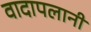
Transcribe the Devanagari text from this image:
वादापलानी